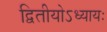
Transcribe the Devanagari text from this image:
द्वितीयोऽध्यायः